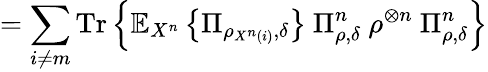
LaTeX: =\sum_{i\neq m}{\mathrm{Tr}}\left\{ \mathbb{E}_{X^{n}}\left\{ \Pi_{\rho_{X^{n}\left(i\right)},\delta}\right\} \ \Pi_{\rho,\delta}^{n}\ \rho^{\otimes n}\ \Pi_{\rho,\delta}^{n}\right\}